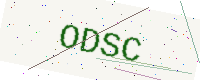
Text: ODSC